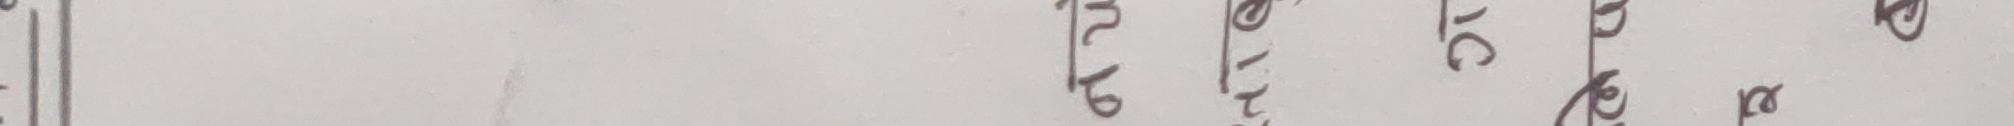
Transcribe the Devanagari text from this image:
१२
७
@११
१०
के
र